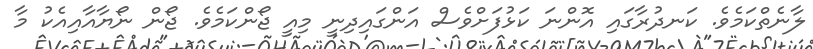
ލާނެތްކަމެވެ. ކަނދުރާގައި އޮންނަ ކަޅުފަށްވެސް އަންގައިދިނީ މިއީ ޖޯންކަމެވެ. ޖޯން ނޯޔާއާއިއެކު މާ